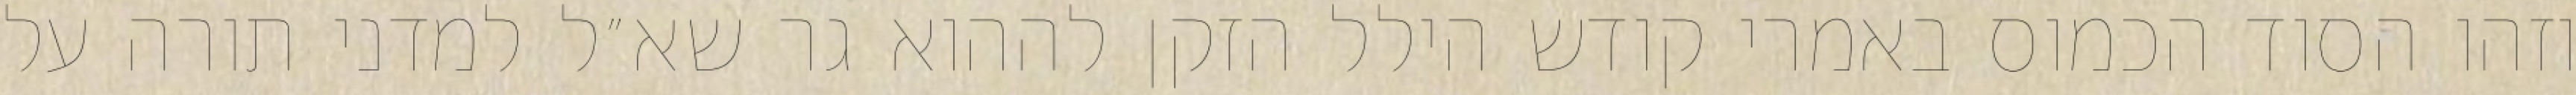
וזהו הסוד הכמוס באמרי קודש הילל הזקן לההוא גר שא״ל למדני תורה על